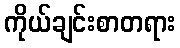
ကိုယ်ချင်းစာတရား